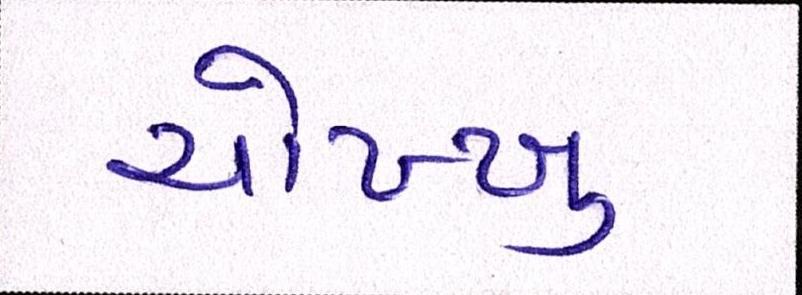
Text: ચોખ્ખુ